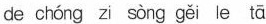
de chóng zi sòng gěi le tā